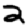
Digit: 2